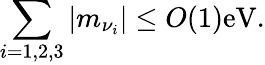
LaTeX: \sum_{i=1,2,3}|m_{\nu_{i}}|\leq O(1)\mathrm{eV}.